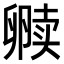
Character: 𫧿